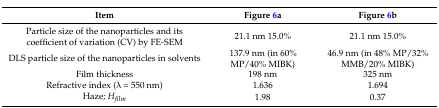
| Item | Figure 6a | Figure 6b |
 | --- | --- | --- |
 | Particle size of the nanoparticles and its coefficient of variation (CV) by FE-SEM | 21.1 nm 15.0% | 21.1 nm 15.0% |
 | DLS particle size of the nanoparticles in solvents | 137.9 nm (in 60% MP/40% MIBK) | 46.9 nm (in 48% MP/32% MMB/20% MIBK) |
 | Film thickness | 198 nm | 325 nm |
 | Refractive index (λ = 550 nm) | 1.636 | 1.694 |
 | Haze; Hfilm | 1.98 | 0.37 |